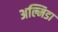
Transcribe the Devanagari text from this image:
अल्मिडा